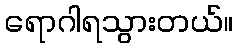
ရောဂါရသွားတယ်။